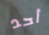
أحد